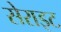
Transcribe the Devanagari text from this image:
सेराइट